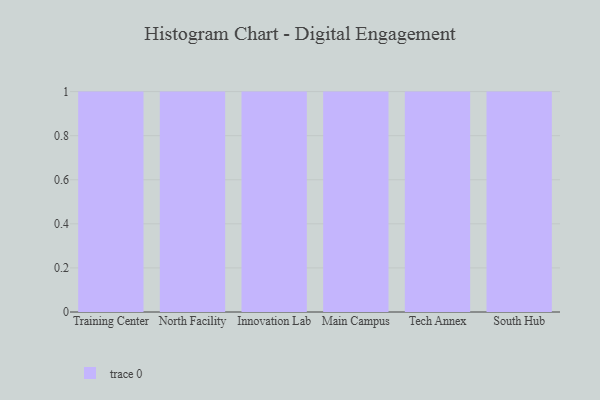
{"axis": {"x": "Campus", "y": "Temperature (°C)"}, "legend": [""], "data": [{"x": "Training Center", "y": 77, "type": ""}, {"x": "North Facility", "y": 82, "type": ""}, {"x": "Innovation Lab", "y": 86, "type": ""}, {"x": "Main Campus", "y": 78, "type": ""}, {"x": "Tech Annex", "y": 36, "type": ""}, {"x": "South Hub", "y": 52, "type": ""}]}